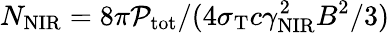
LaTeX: N_{\mathrm{NIR}}=8\pi\mathcal{P}_{\mathrm{tot}}/(4\sigma_{\mathrm{T}}c\gamma_{\mathrm{NIR}}^{2}B^{2}/3)